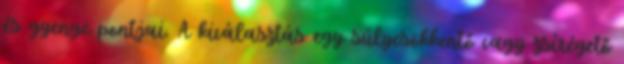
és gyenge pontjai. A kiválasztás egy súlycsökkentő vagy zsírégető